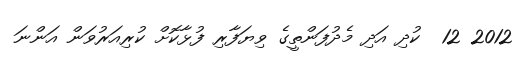
2012 12  ކުދި އަދި މެދުފަންތީގެ ވިޔަފާރި ފުޅާކޮށް ކުރިއަރުވަން އަންނަ